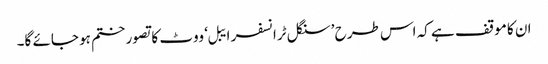
ان کا موقف ہے کہ اس طرح ’سنگل ٹرانسفر ایبل‘ ووٹ کا تصور ختم ہو جائے گا۔